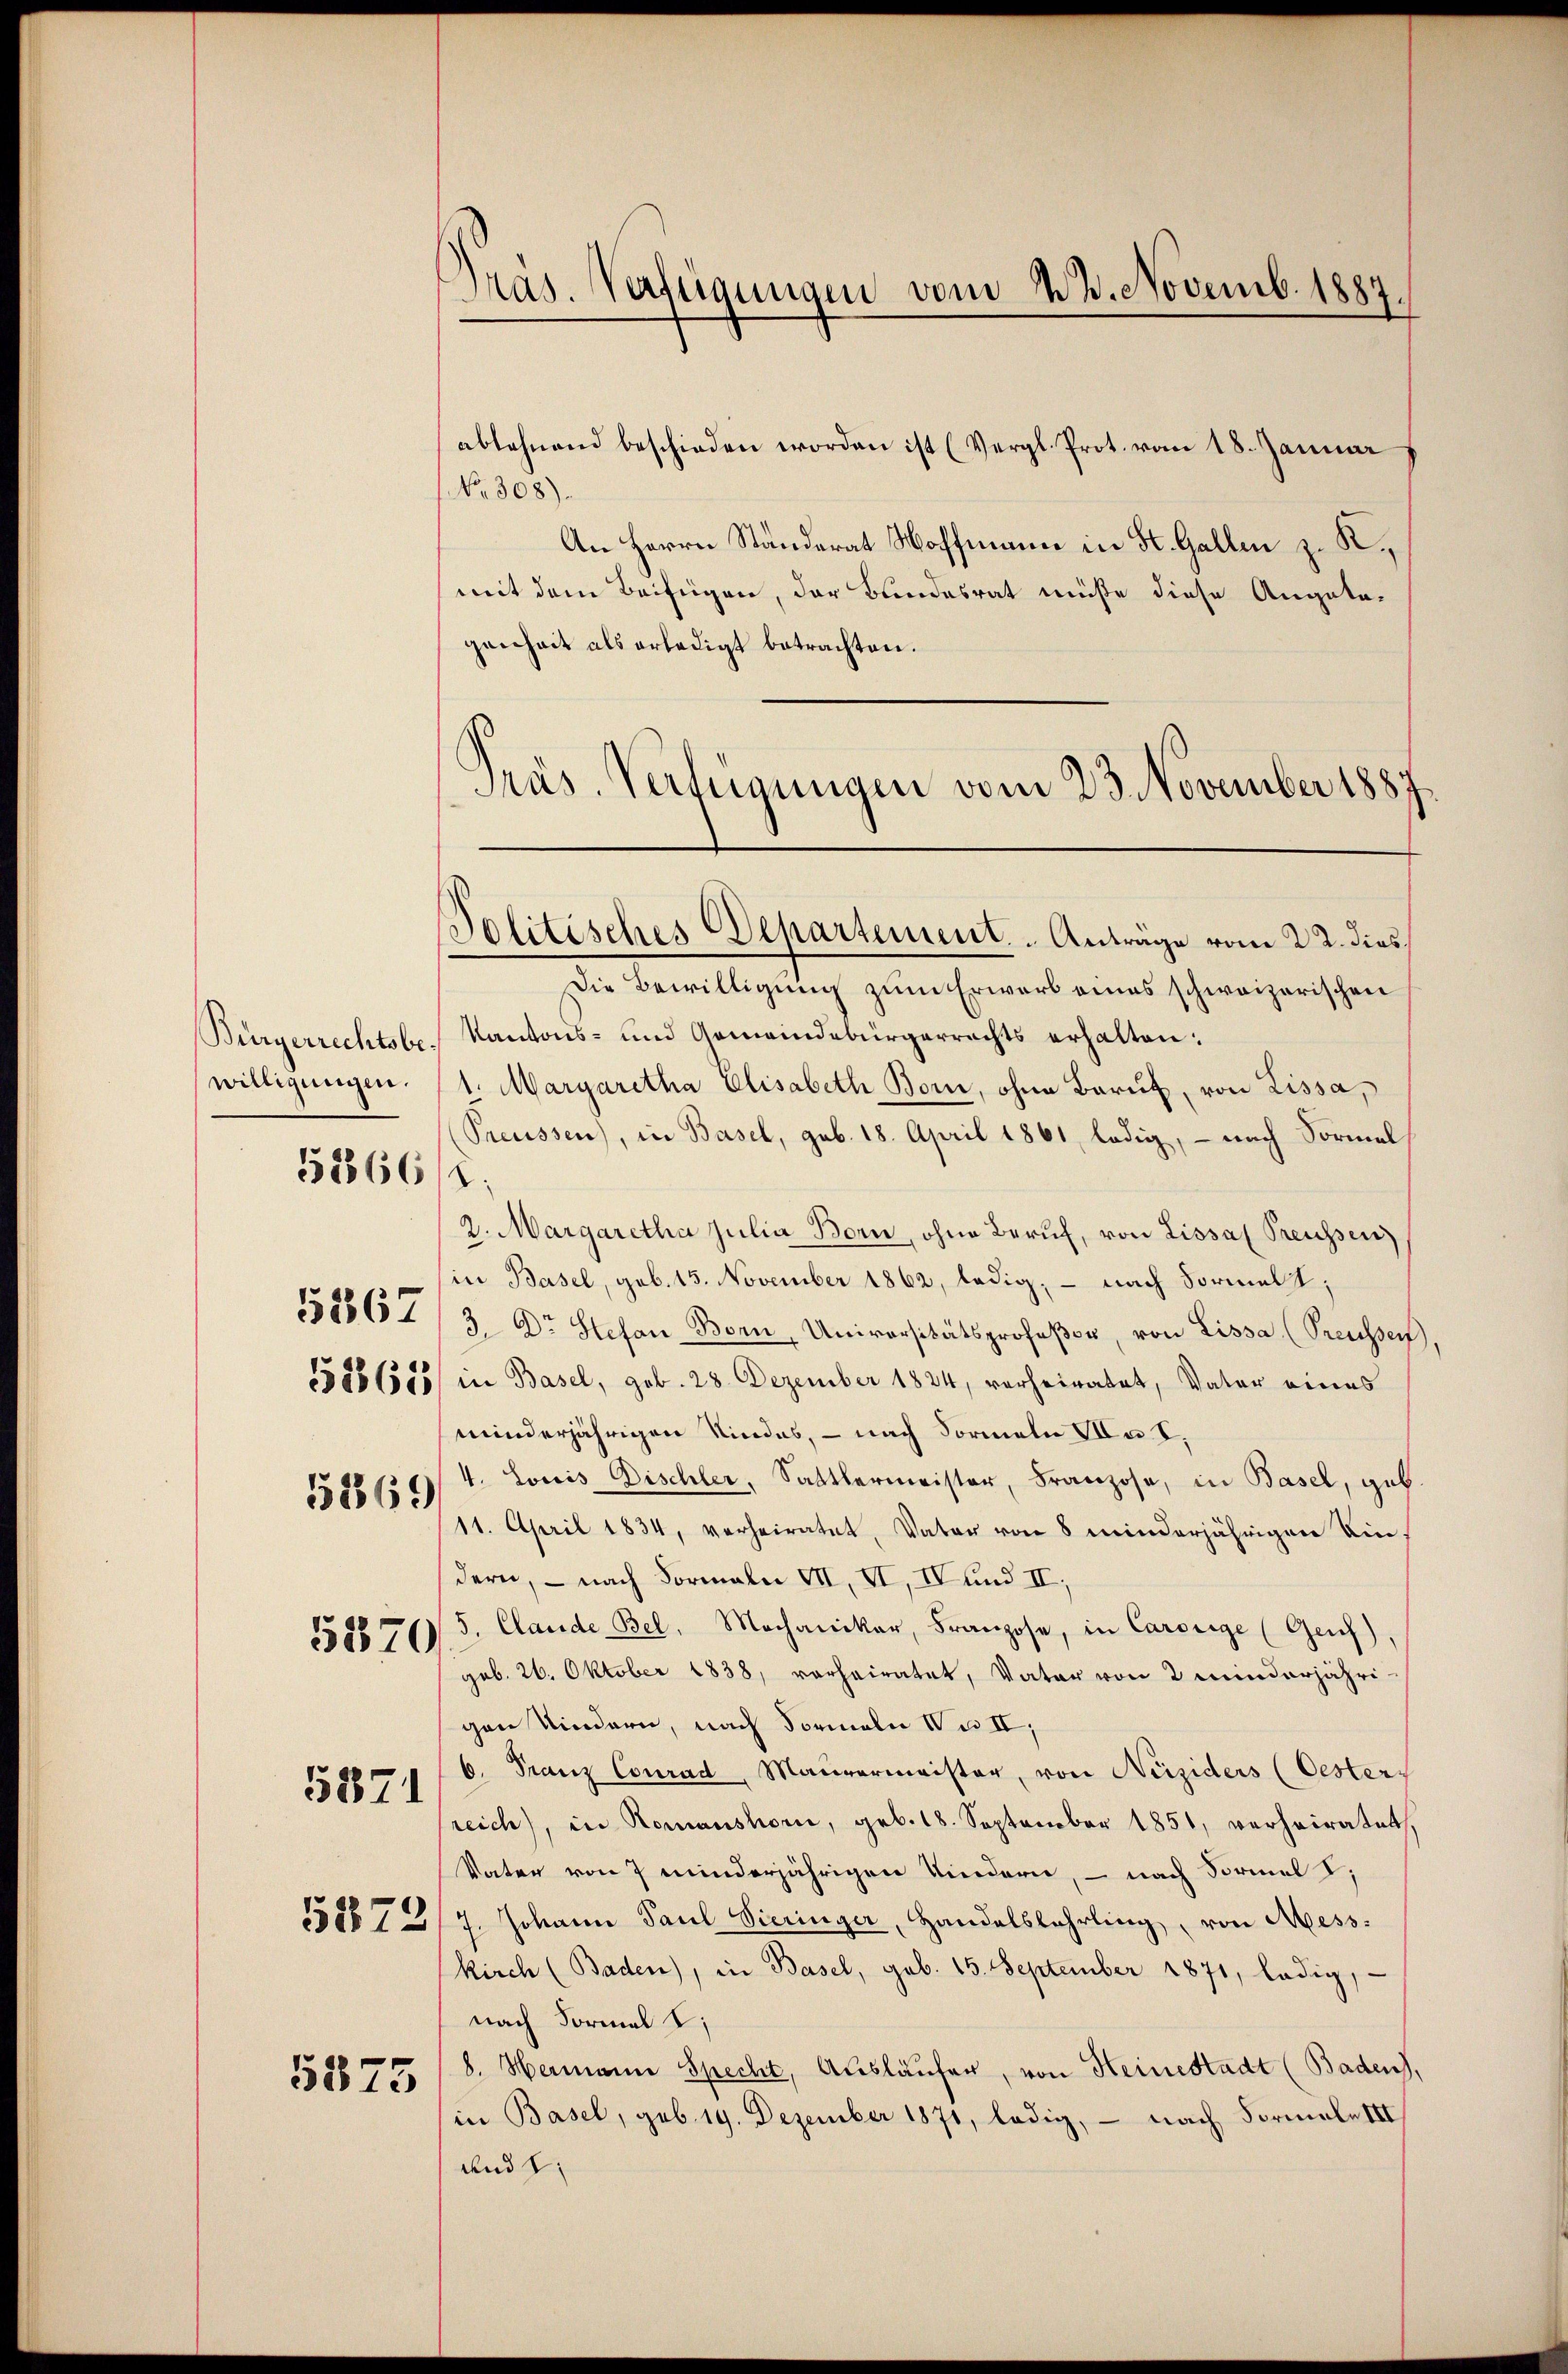
Bürgerrechtsbe
willigungen.
58866/8.
5367

5869

5370

5371

5279

5873

Gras. Verfügungen vom 22. Novemb. 1887

ablehnend beschieden worden ist (Vergl. Prot. vom 18. Januar
No. 308).
An Herrn Ständerat Hoffmann in St. Gallen z. K.
mit dem Beifügen, der Bundesrat müße diese Angatagenheit als erledigt betrachten.
Die Bewilligung zum Erwarb eines schweizerischen
Kantons- und Gemeindebürgerrechts erhalten:
1. Margaretha Elisabeth Bom, ohne Barut, von Lissa,
Preussen), in Basel, geb. 18. April 1861, ledig, – nach Formel
2. Margaretha julia Born, ohne Beruf, von Lissas Preussen
in Basel, geb. 15. November 1862, ledig; - nach Formels;
3. Dr Stefan Born, Universitätsprofeßor, von Lissa, (Preusser
325605/ in Basel, geb. 28. Dezember 1824, verheiratet, Vater eines
minderjährigen Kindes, – nach Formeln Ia I,
4. Loris Dischler, Sattlermeister, Franzose, in Basel, geb.
11. April 1834, verheiratet, Vater von 8 minderjährigen Eindern, — nach Formaln VII, II, IV und II,
5. Claude Bel, Mechaniker, Franzose, in Carolige (Genf),
geb. 26. Oktober 1838, vorheiratet, Vater von 2 minderjähri-
gen Kindern, nach Formeln u. II,
6. Franz Courad, Maurermeister, von Neiziders (Oesters
reich, in Romanshori, geb. 18. September 1851, verheiratet.
Vater von 7 minderjährigen Kindern, – nach Formel I,
7. Johann Paul Vieringer, Handelslehrling, von Mess:
kirch (Baden), in Basel, geb. 15. September 1871, ledig,
nach Formal 2;
8. Hermann Specht, Ausläufer, von Heinestadt (Baden,
in Basel, geb. 19. Dezember 1871, ledig, — nach Formale III
und 1

Politisches chartement. - Anträge vom 22. dies

Präs. Verfügungen vom 23. November 1887